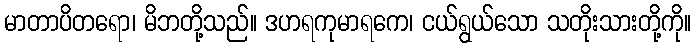
မာတာပိတရော၊ မိဘတို့သည်။ ဒဟရကုမာရကေ၊ ငယ်ရွယ်သော သတိုးသားတို့ကို။